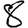
Digit: 8